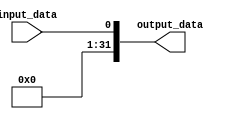
module logic_extend1to32(input wire input_data,
                          output wire [31:0] output_data);

  // Expande o nico bit de entrada para 32 bits adicionando 31 bits com o valor 0
  assign output_data ={{31'b0}, input_data};
  
endmodule